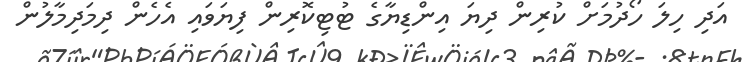
އަދި ހިލަ ހޯދުމަށް ކުރިން ދިޔަ އިންޑިޔާގެ ޓުޓިކޮރިން ފިޔަވައި އެހެން ދިމަދިމާލުން